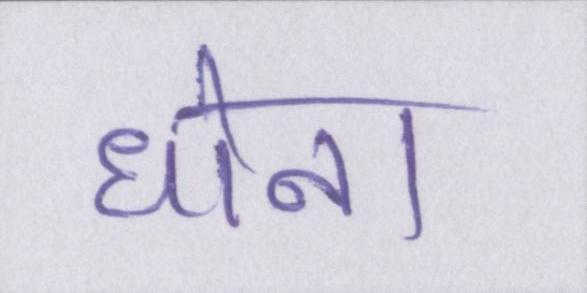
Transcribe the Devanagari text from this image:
धोना